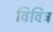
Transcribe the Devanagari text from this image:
विवित्र